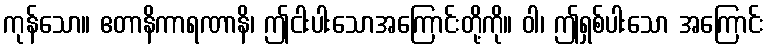
ကုန်သော။ ဧတာနိကာရဏာနိ၊ ဤငါးပါးသောအကြောင်းတို့ကို။ ဝါ၊ ဤရှစ်ပါးသော အကြောင်း